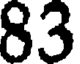
83